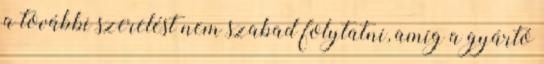
a további szerelést nem szabad folytatni, amíg a gyártó